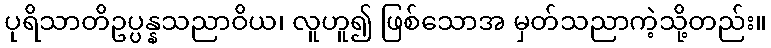
ပုရိသာတိဥပ္ပန္နသညာဝိယ၊ လူဟူ၍ ဖြစ်သောအ မှတ်သညာကဲ့သို့တည်း။